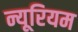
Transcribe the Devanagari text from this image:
न्यूरियम